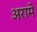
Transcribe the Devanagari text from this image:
अरामे